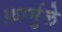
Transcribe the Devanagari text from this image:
फ़ार्मुले